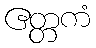
ဧတ္တကံ